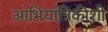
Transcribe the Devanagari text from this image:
आभियांत्रिकीशी